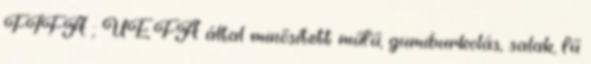
FIFA ; UEFA által minősített műfű, gumiburkolás, salak, fű